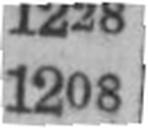
1208